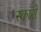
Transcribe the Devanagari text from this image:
स्कारो